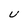
Character: U